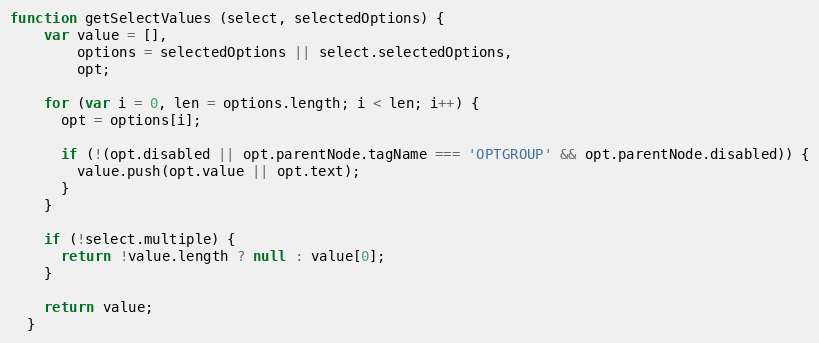
Language: JavaScript
function getSelectValues (select, selectedOptions) {
    var value = [],
        options = selectedOptions || select.selectedOptions,
        opt;

    for (var i = 0, len = options.length; i < len; i++) {
      opt = options[i];

      if (!(opt.disabled || opt.parentNode.tagName === 'OPTGROUP' && opt.parentNode.disabled)) {
        value.push(opt.value || opt.text);
      }
    }

    if (!select.multiple) {
      return !value.length ? null : value[0];
    }

    return value;
  }